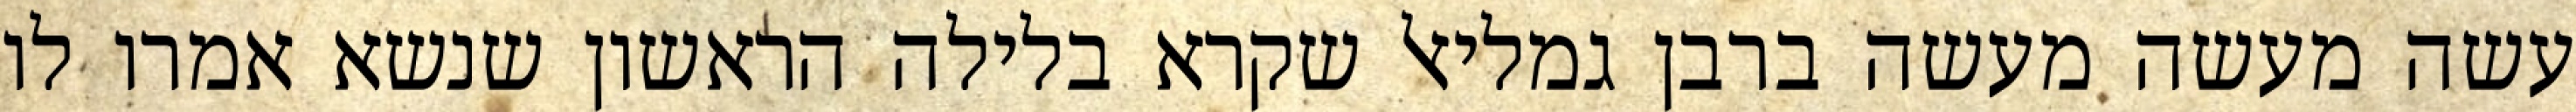
עשה מעשה מעשה ברבן גמליאל שקרא בלילה הראשון שנשא אמרו לו